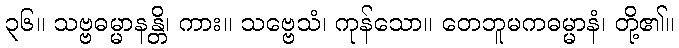
၃၆။ သဗ္ဗဓမ္မာနန္တိ၊ ကား။ သဗ္ဗေသံ၊ ကုန်သော။ တေဘူမကဓမ္မာနံ၊ တို့၏။